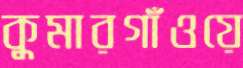
কুমারগাঁওয়ে